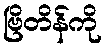
ဗြိတိန်ကို